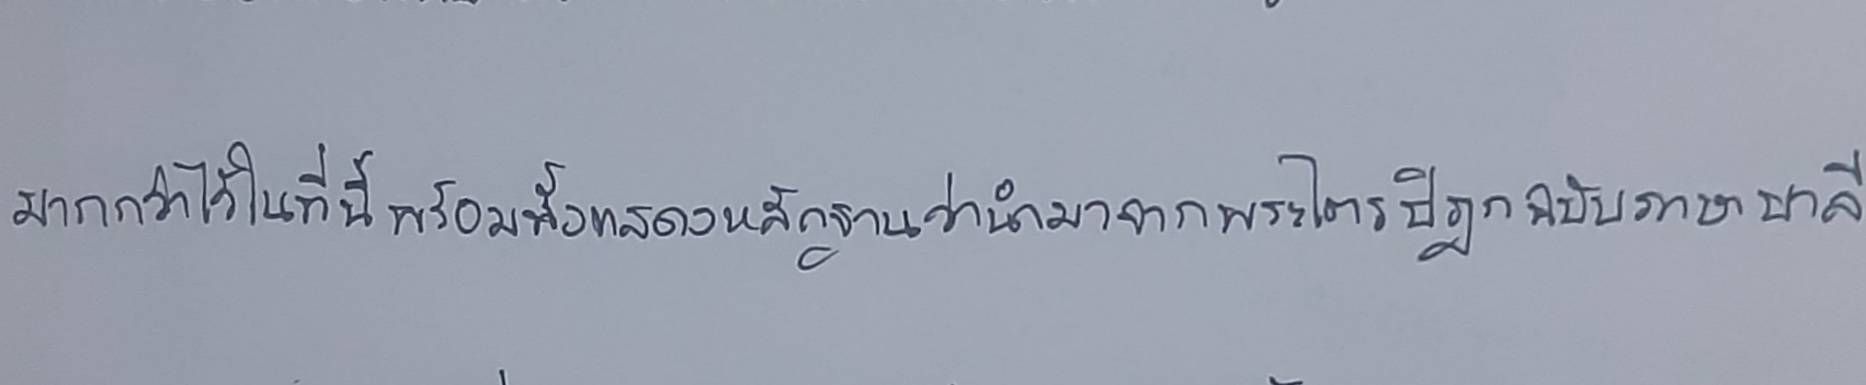
มากกล่าวไว้ในที่นี้พร้อมทั้งแสดงหลักฐานว่านำมาจากพระไตรปิฎกฉบับภาษาบาลี